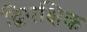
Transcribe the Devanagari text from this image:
द्विपक्षिक